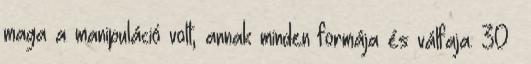
maga a manipuláció volt, annak minden formája és válfaja. 30